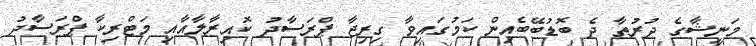
މަނީޝާގެ ދުރުތާ ދެ ބޮޑުބޭބެއިން ކަމުގައިވާ ގިރިޖާ ޕްރަސާދު ކޮއިރާލާއާއި މަޓްރިކާ ޕްރަސާދު